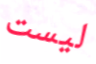
ليست